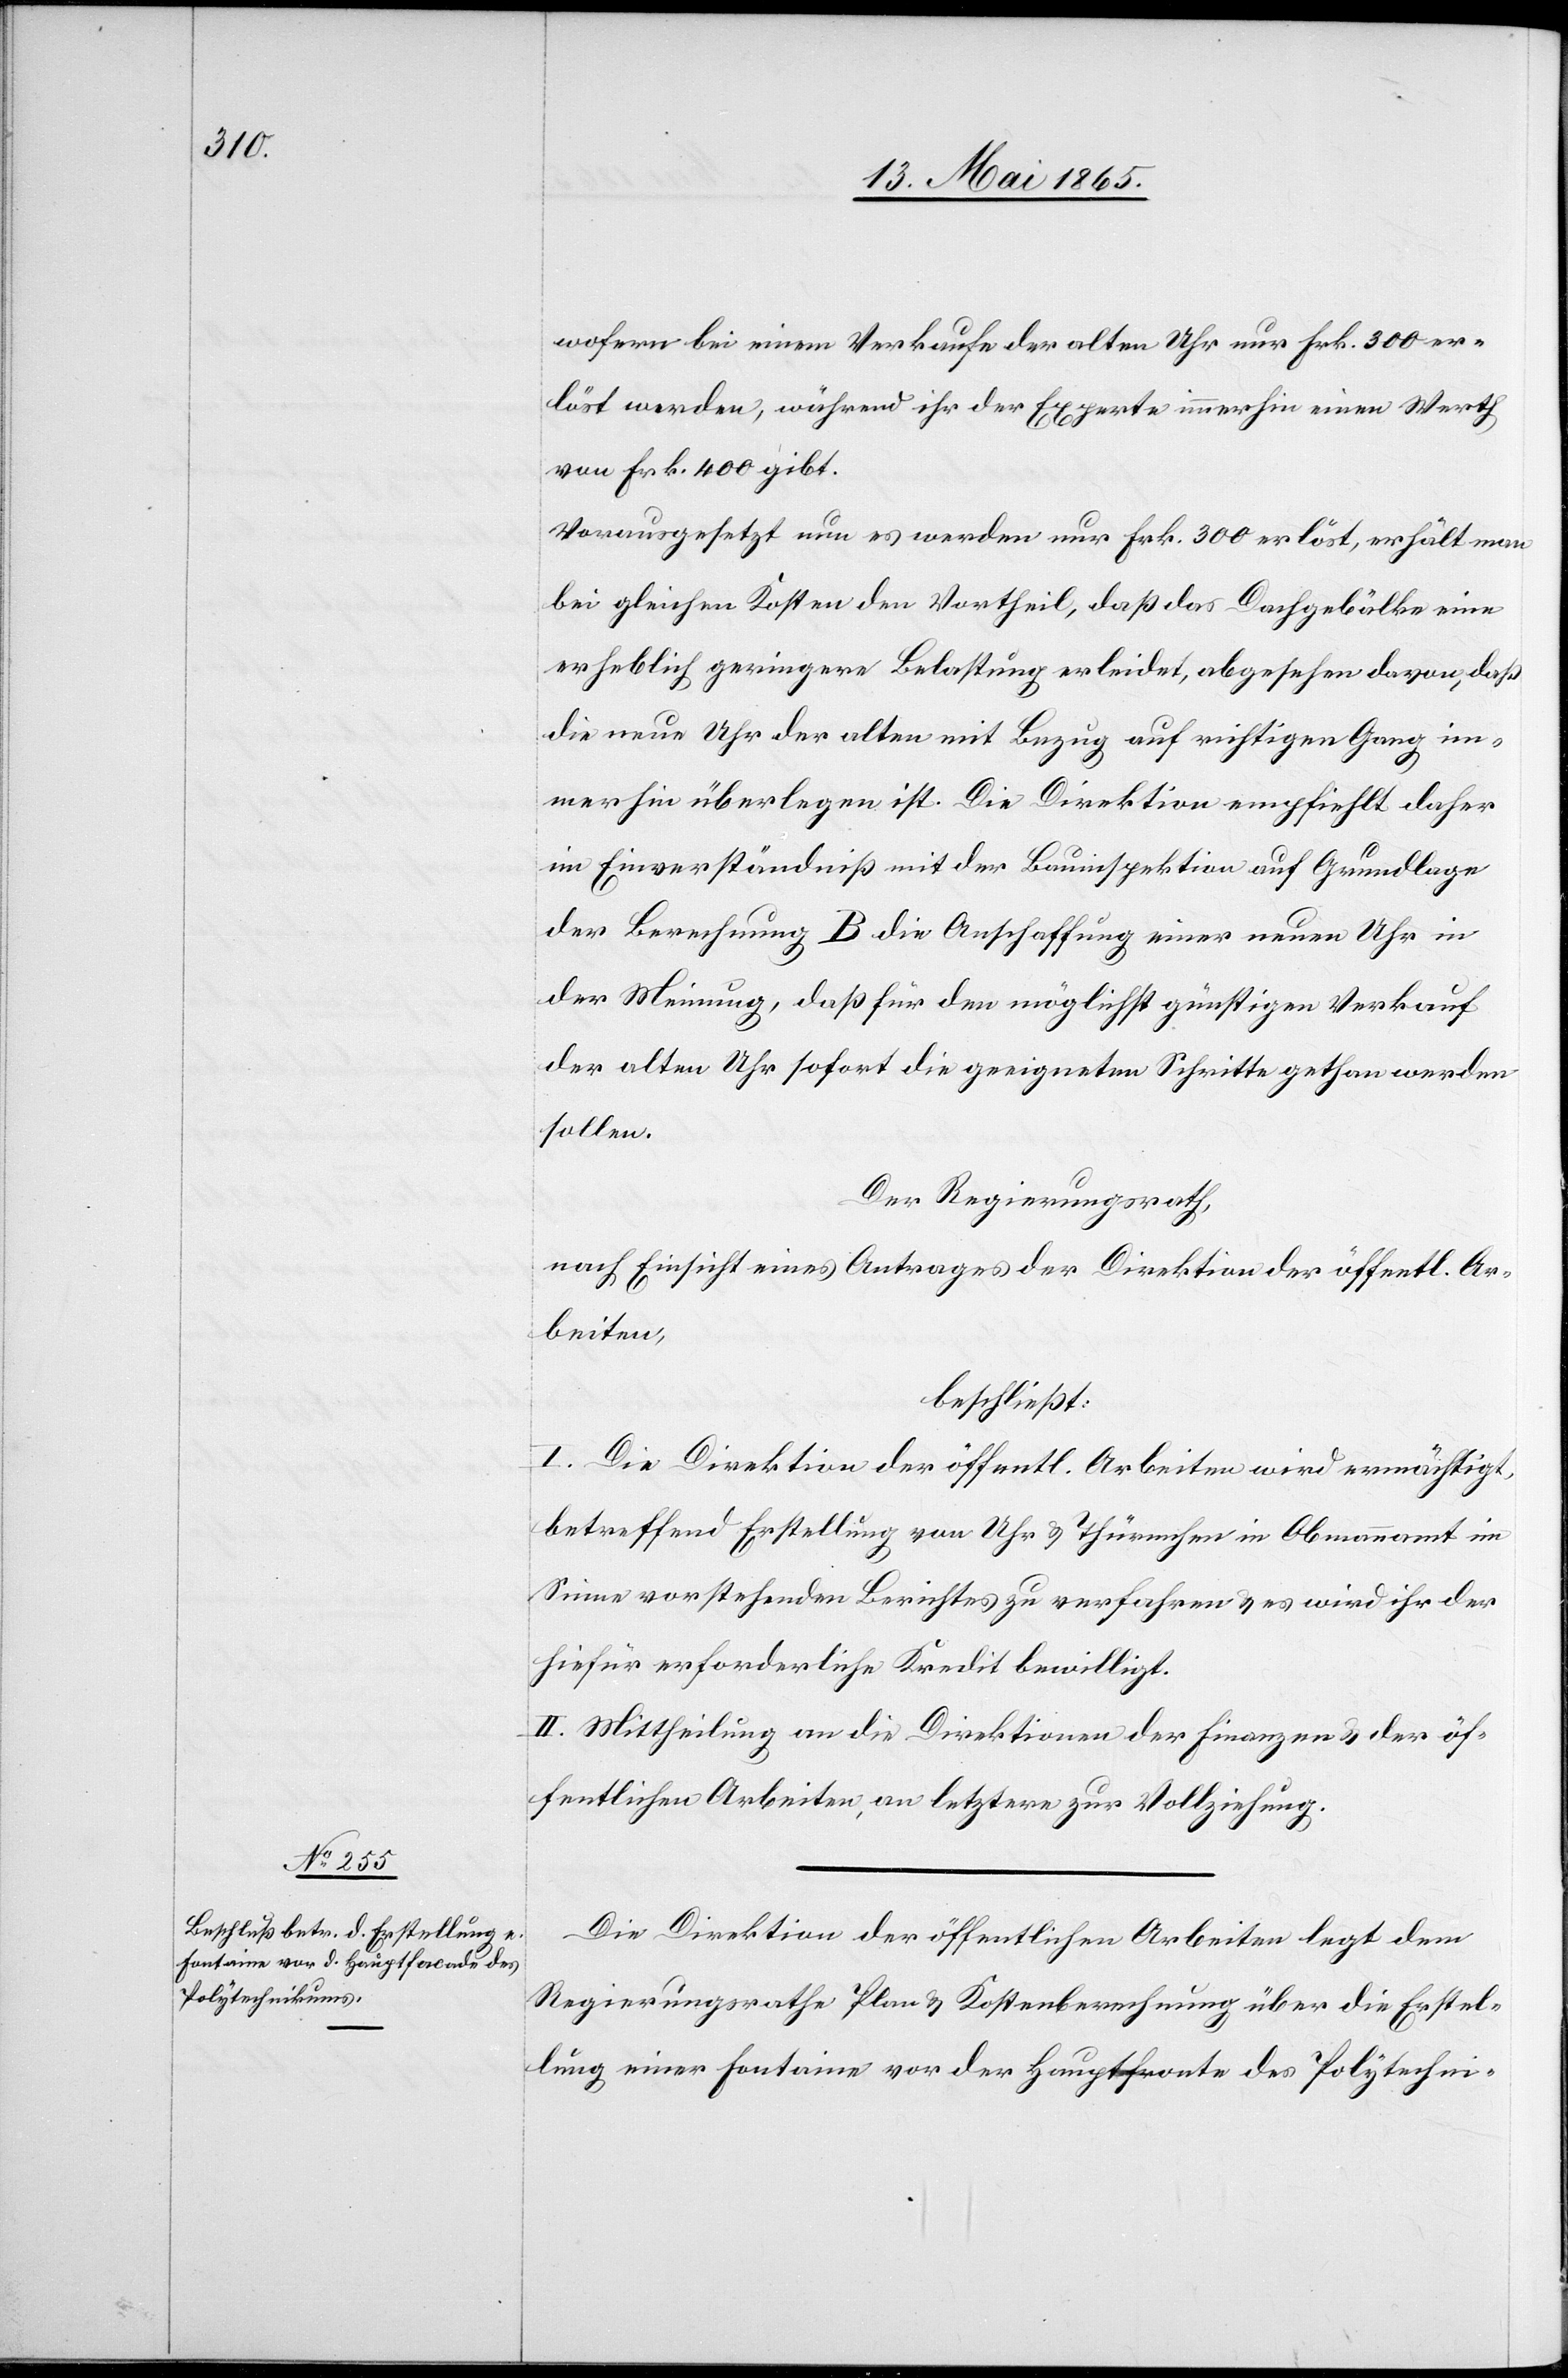
wofern bei einem Verkaufe der alten Uhr nur Frk. 300 er¬
löst werden, während ihr der Experte immerhin einen Werth
von Frk. 400 gibt.
Vorausgesetzt nun es werden nur Frk. 300 erlöst, erhält man
bei gleichen Kosten den Vortheil, daß das Dachgebälke eine
erheblich geringere Belastung erleidet, abgesehen davon, daß
die neue Uhr der alten mit Bezug auf richtigen Gang im¬
merhin überlegen ist. Die Direktion empfiehlt daher
im Einverständniß mit der Bauinspektion auf Grundlage
der Berechnung B die Anschaffung einer neuen Uhr in
der Meinung, daß für den möglichst günstigen Verkauf
der alten Uhr sofort die geeigneten Schritte gethan werden
sollen.
Der Regierungsrath,
nach Einsicht eines Antrages der Direktion der öffentl. Ar¬
beiten,
beschließt:
I. Die Direktion der öffentl. Arbeiten wird ermächtigt,
betreffend Erstellung von Uhr & Thürmchen in Obmannamt im
Sinne vorstehenden Berichtes zu verfahren & es wird ihr der
hiefür erforderliche Kredit bewilligt.
II. Mittheilung an die Direktion der Finanzen & der öf¬
fentlichen Arbeiten, an letztere zur Vollziehung.
Die Direktion der öffentlichen Arbeiten legt dem
Regierungsrathe Plan & Kostenberechnung über die Erstel¬
lung einer Fontaine vor der Hauptfronte des Polytechni-